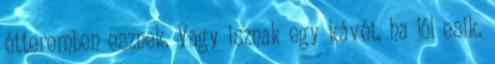
étteremben esznek. Vagy isznak egy kávét, ha jól esik.